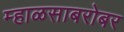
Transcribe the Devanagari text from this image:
म्हाळसाबरोबर